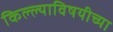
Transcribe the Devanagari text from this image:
किल्ल्याविषयीच्या